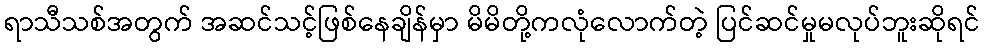
ရာသီသစ်အတွက် အဆင်သင့်ဖြစ်နေချိန်မှာ မိမိတို့ကလုံလောက်တဲ့ ပြင်ဆင်မှုမလုပ်ဘူးဆိုရင်